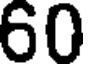
60